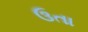
ઉતા